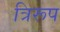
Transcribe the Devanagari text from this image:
त्रिरूप